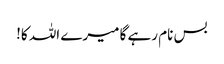
بس نام رہے گا میرے اللہ کا!